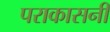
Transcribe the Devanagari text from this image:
पराकासनी